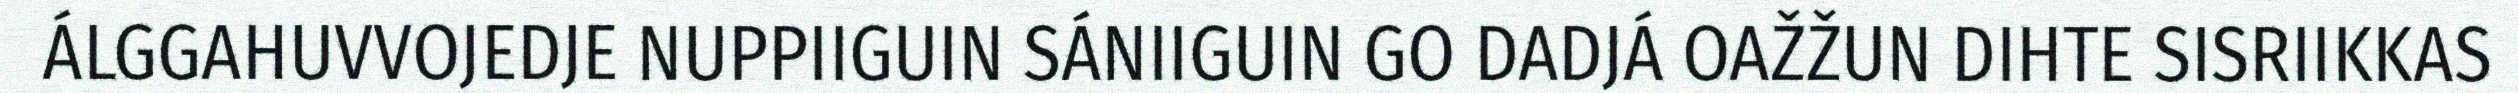
ÁLGGAHUVVOJEDJE NUPPIIGUIN SÁNIIGUIN GO DADJÁ OAŽŽUN DIHTE SISRIIKKAS